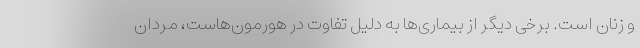
و زنان است. برخی دیگر از بیماری‌ها به دلیل تفاوت در هورمون‌هاست، مردان